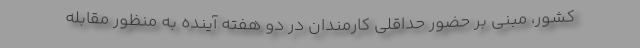
کشور، مبنی بر حضور حداقلی کارمندان در دو هفته آینده به منظور مقابله